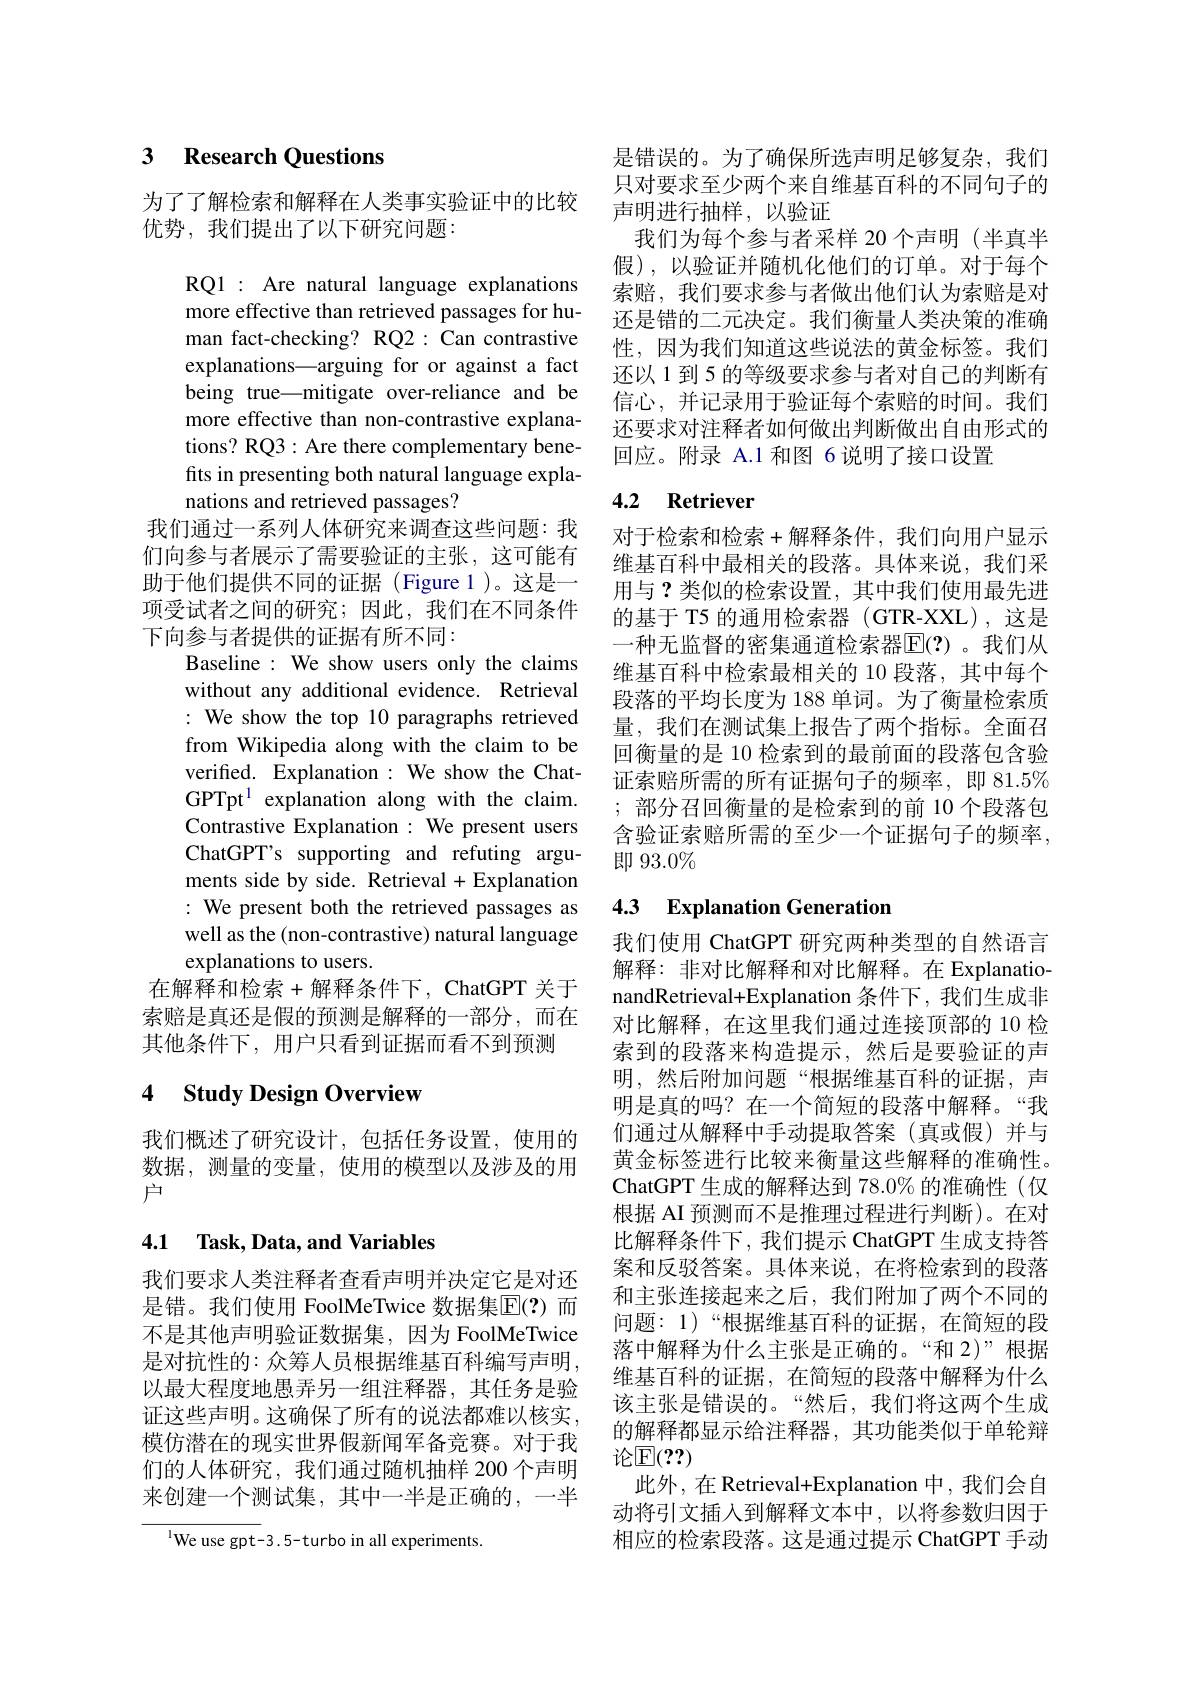
## 3 Research Questions

为了了解检索和解释在人类事实验证中的比较
优势，我们提出了以下研究问题：

RQ1 : Are natural language explanations more effective than retrieved passages for human fact-checking? RQ2: Can contrastive explanations—arguing for or against a fact being true\_mitigate over-reliance and be more effective than non-contrastive explanations? RQ3: Are there complementary benefits in presenting both natural language explanations and retrieved passages?
我们通过一系列人体研究来调查这些问题：我们向参与者展示了需要验证的主张，这可能有助于他们提供不同的证据(Figure 1)。这是一项受试者之间的研究；因此，我们在不同条件下向参与者提供的证据有所不同：
Baseline: We show users only the claims without any additional evidence. Retrieval : We show the top 10 paragraphs retrieved from Wikipedia along with the claim to be verified. Explanation: We show the ChatGPTpt$^{1}$explanation along with the claim. Contrastive Explanation : We present users ChatGPT's supporting and refuting arguments side by side. Retrieval +Explanation : We present both the retrieved passages as well as the (non-contrastive) natural language explanations to users.
在解释和检索+解释条件下，ChatGPT 关于索赔是真还是假的预测是解释的一部分，而在其他条件下，用户只看到证据而看不到预测

## 4 Study Design Overview

我们概述了研究设计，包括任务设置，使用的数据，测量的变量，使用的模型以及涉及的用户

## 4.1 Task, Data, and Variables

我们要求人类注释者查看声明并决定它是对还是错。我们使用 FoolMeTwice 数据集$\overline{\mathrm{E}}(?)$ 而不是其他声明验证数据集，因为 FoolMeTwice 是对抗性的：众筹人员根据维基百科编写声明， 以最大程度地愚弄另一组注释器，其任务是验证这些声明。这确保了所有的说法都难以核实， 模仿潜在的现实世界假新闻军备竞赛。对于我们的人体研究，我们通过随机抽样 200 个声明来创建一个测试集，其中一半是正确的，一半

$^{\mathrm{l}}$We use gpt-3.5-turbo in all experiments.

是错误的。为了确保所选声明足够复杂，我们只对要求至少两个来自维基百科的不同句子的声明进行抽样，以验证
我们为每个参与者采样 20 个声明 (半真半假),以验证并随机化他们的订单。对于每个索赔，我们要求参与者做出他们认为索赔是对还是错的二元决定。我们衡量人类决策的准确性，因为我们知道这些说法的黄金标签。我们还以 1 到 5 的等级要求参与者对自己的判断有信心，并记录用于验证每个索赔的时间。我们还要求对注释者如何做出判断做出自由形式的回应。附录 A.1 和图 6 说明了接口设置

## 4.2 Retriever

对于检索和检索+解释条件，我们向用户显示维基百科中最相关的段落。具体来说，我们采用与？类似的检索设置，其中我们使用最先进的基于 T5 的通用检索器 (GTR-XXL),这是一种无监督的密集通道检索器$\overline{\mathbb{E}}(?)$。我们从维基百科中检索最相关的 10 段落，其中每个段落的平均长度为 188 单词。为了衡量检索质量，我们在测试集上报告了两个指标。全面召回衡量的是 10 检索到的最前面的段落包含验证索赔所需的所有证据句子的频率，即 81.5% ;部分召回衡量的是检索到的前 10 个段落包含验证索赔所需的至少一个证据句子的频率， 即$93.0\%$

## 4.3 Explanation Generation

我们使用 ChatGPT 研究两种类型的自然语言解释：非对比解释和对比解释。在 ExplanationandRetrieval+Explanation 条件下，我们生成非对比解释，在这里我们通过连接顶部的 10 检索到的段落来构造提示，然后是要验证的声明，然后附加问题“根据维基百科的证据，声明是真的吗？在一个简短的段落中解释。“我们通过从解释中手动提取答案(真或假)并与黄金标签进行比较来衡量这些解释的准确性。ChatGPT 生成的解释达到 78.0% 的准确性(仅根据 AI 预测而不是推理过程进行判断)。在对比解释条件下，我们提示 ChatGPT 生成支持答案和反驳答案。具体来说，在将检索到的段落和主张连接起来之后，我们附加了两个不同的问题：1)“根据维基百科的证据，在简短的段落中解释为什么主张是正确的。“和 2)”根据维基百科的证据，在简短的段落中解释为什么该主张是错误的。“然后，我们将这两个生成的解释都显示给注释器，其功能类似于单轮辩论$\mathbb{E}(??)$
此外，在 Retrieval+Explanation 中，我们会自动将引文插人到解释文本中，以将参数归因于相应的检索段落。这是通过提示 ChatGPT 手动